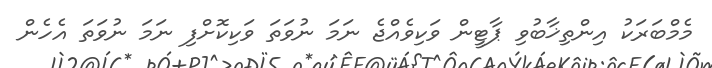
މެމްބަރަކު އިންތިޚާބުވި ޕާޓީން ވަކިވެއްޖެ ނަމަ ނުވަތަ ވަކިކޮށްފި ނަމަ ނުވަތަ އެހެން